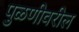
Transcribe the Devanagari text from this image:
पुळणीवरील